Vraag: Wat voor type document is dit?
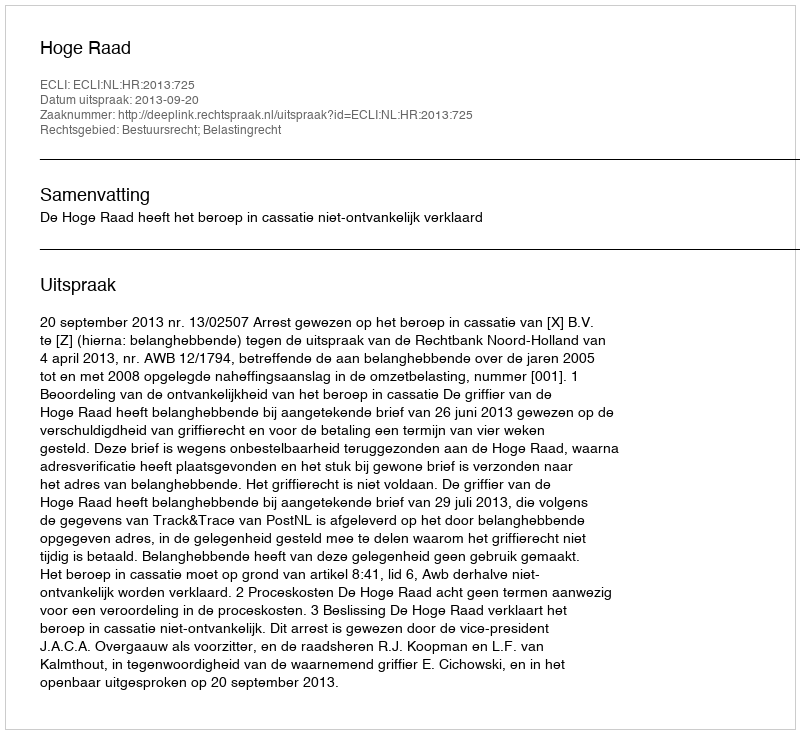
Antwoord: Uitspraak